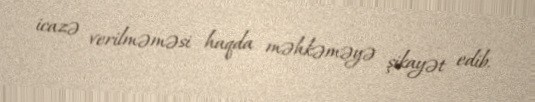
icazə verilməməsi haqda məhkəməyə şikayət edib.